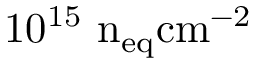
1 0 ^ { 1 5 } ~ \mathrm { { n } _ { e q } \mathrm { { c m } ^ { - 2 } } }